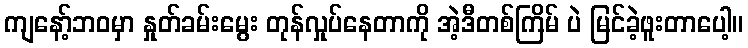
ကျနော့်ဘဝမှာ နှုတ်ခမ်းမွေး တုန်လှုပ်နေတာကို အဲ့ဒီတစ်ကြိမ် ပဲ မြင်ခဲ့ဖူးတာပေါ့။